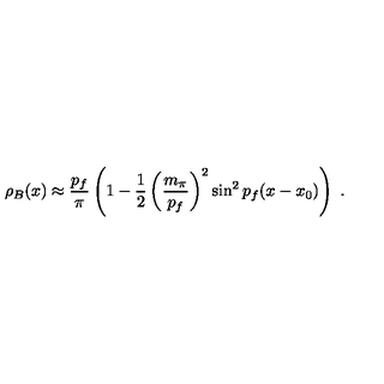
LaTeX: \rho _ { B } ( x ) \approx \frac { p _ { f } } { \pi } \left( 1 - \frac { 1 } { 2 } \left( \frac { m _ { \pi } } { p _ { f } } \right) ^ { 2 } \sin ^ { 2 } p _ { f } ( x - x _ { 0 } ) \right) \ .